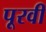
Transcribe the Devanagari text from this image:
पूरवी